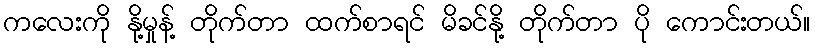
ကလေးကို နို့မှုန့် တိုက်တာ ထက်စာရင် မိခင်နို့ တိုက်တာ ပို ကောင်းတယ်။